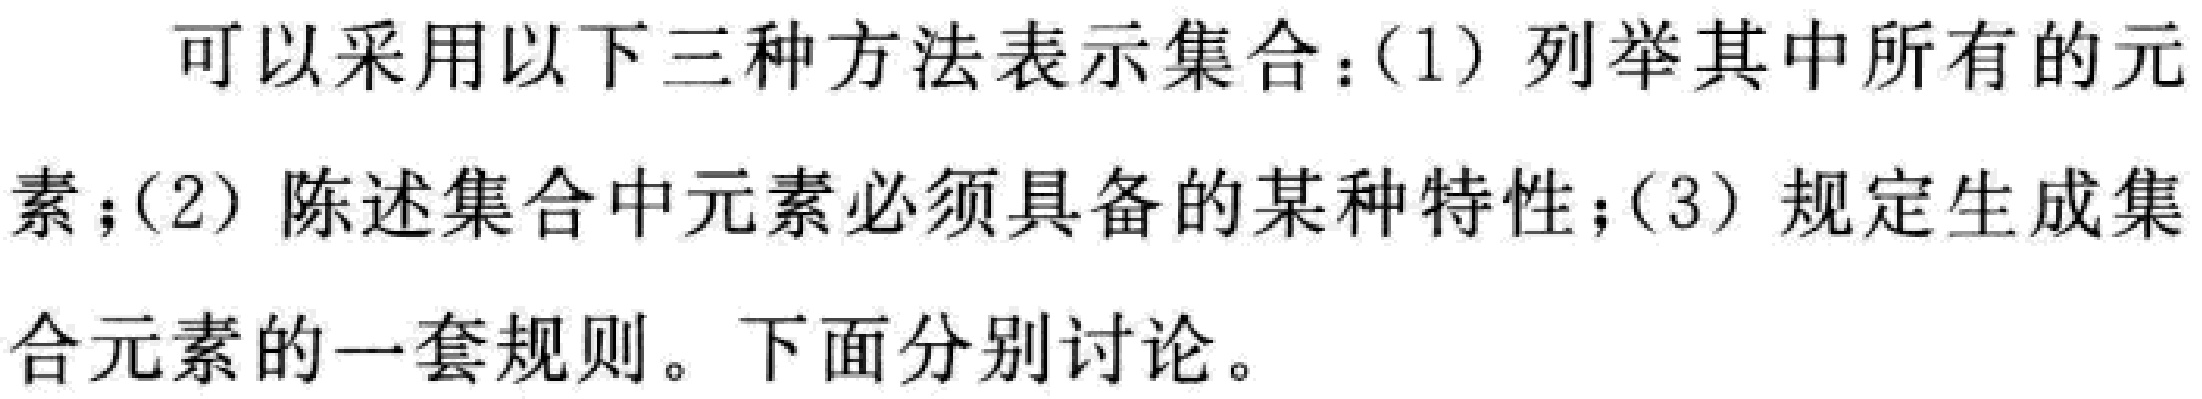
可以采用以下三种方法表示集合：(1) 列举其中所有的元素；(2) 陈述集合中元素必须具备的某种特性；(3) 规定生成集合元素的一套规则。下面分别讨论。